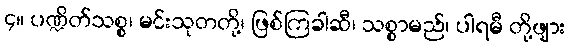
၄။ ပဏ္ဍိတ်သစ္စ၊ မင်းသုတတို့၊ ဖြစ်ကြခါဆီ၊ သစ္စာမည်၊ ပါရမီ တို့ဖျား